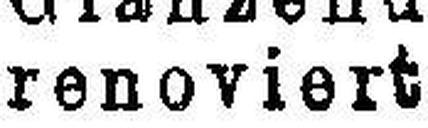
renoviert